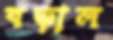
বড়াল